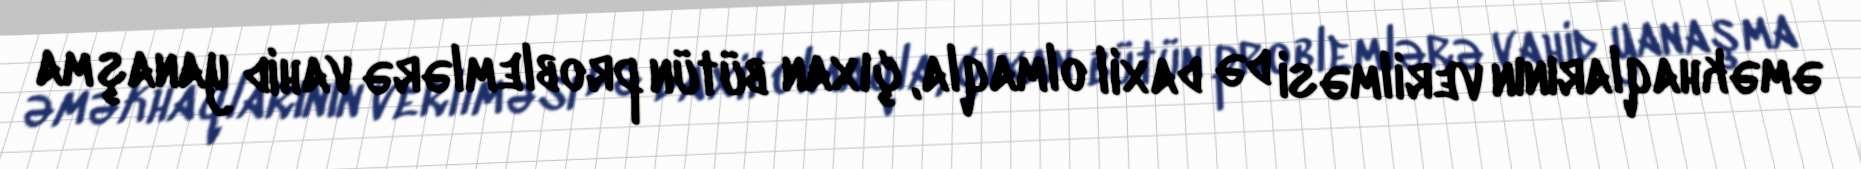
əməkhaqlarının verilməsi də daxil olmaqla, çıxan bütün problemlərə vahid yanaşma